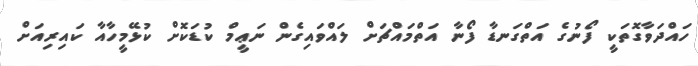
ހައްދަވާގޮތަކީ ފޯނުގެ އަތްގަނޑާ ފޯނާ އަތްމައްޗަށް ލައްވައިގެން ނަޢީމް ކުޑަކޮށް ކުޅޭމީހާއާ ކައިރިއަށް